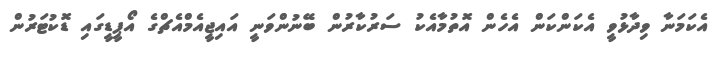
އެކަމަނާ ވިދާޅުވީ އެކަންކަން އެހެން އޮތުމާއެކު ސަރުކާރުން ބޭނުންވަނީ އައިޖީއެމްއެޗްގެ އޯޕީޑީގައި ޑޮކުޓަރުން